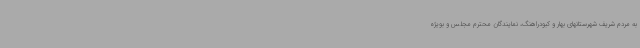
به مردم شریف شهرستانهای بهار و کبودراهنگ، نمایندگان محترم مجلس و بویژه